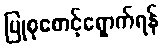
ပြုစုစောင့်ရှောက်ရန်